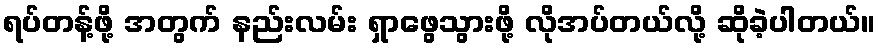
ရပ်တန့်ဖို့ အတွက် နည်းလမ်း ရှာဖွေသွားဖို့ လိုအပ်တယ်လို့ ဆိုခဲ့ပါတယ်။